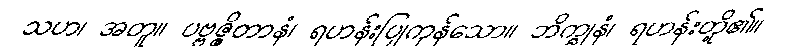
သဟ၊ အတူ။ ပဗ္ဗဇ္ဇိတာနံ၊ ရဟန်းပြုကုန်သော။ ဘိက္ခုနံ၊ ရဟန်းတို့၏။